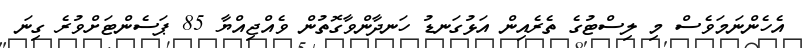
އެހެންނަމަވެސް މި ލިސްޓުގެ ތެރެއިން އަޅުގަނޑު ހަނދާންވާގޮތުން ވެއްޖިއްޔާ 85 ޕަސެންޓަށްވުރެ ގިނަ